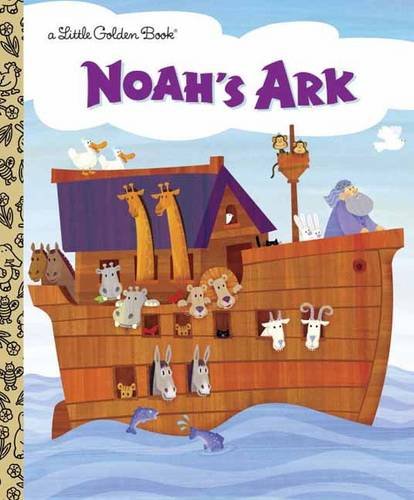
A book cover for Noah's Ark (Little Golden Book); Barbara Shook Hazen; Children's Books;